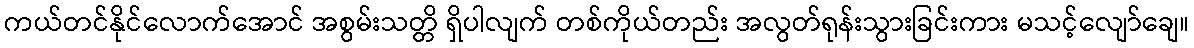
ကယ်တင်နိုင်လောက်အောင် အစွမ်းသတ္တိ ရှိပါလျက် တစ်ကိုယ်တည်း အလွတ်ရုန်းသွားခြင်းကား မသင့်လျော်ချေ။